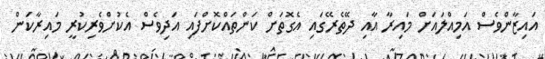
އައިޒާންވެސް އަމިއްލައަށް މައިރާ އާއި ދޭތެރޭގައި އެގޮތަށް ކަންތައްކޮށްފައި އަދިވެސް އެކުށްވެރިކުރީ މައިރާކަން